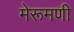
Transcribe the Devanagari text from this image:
मेरूमणी